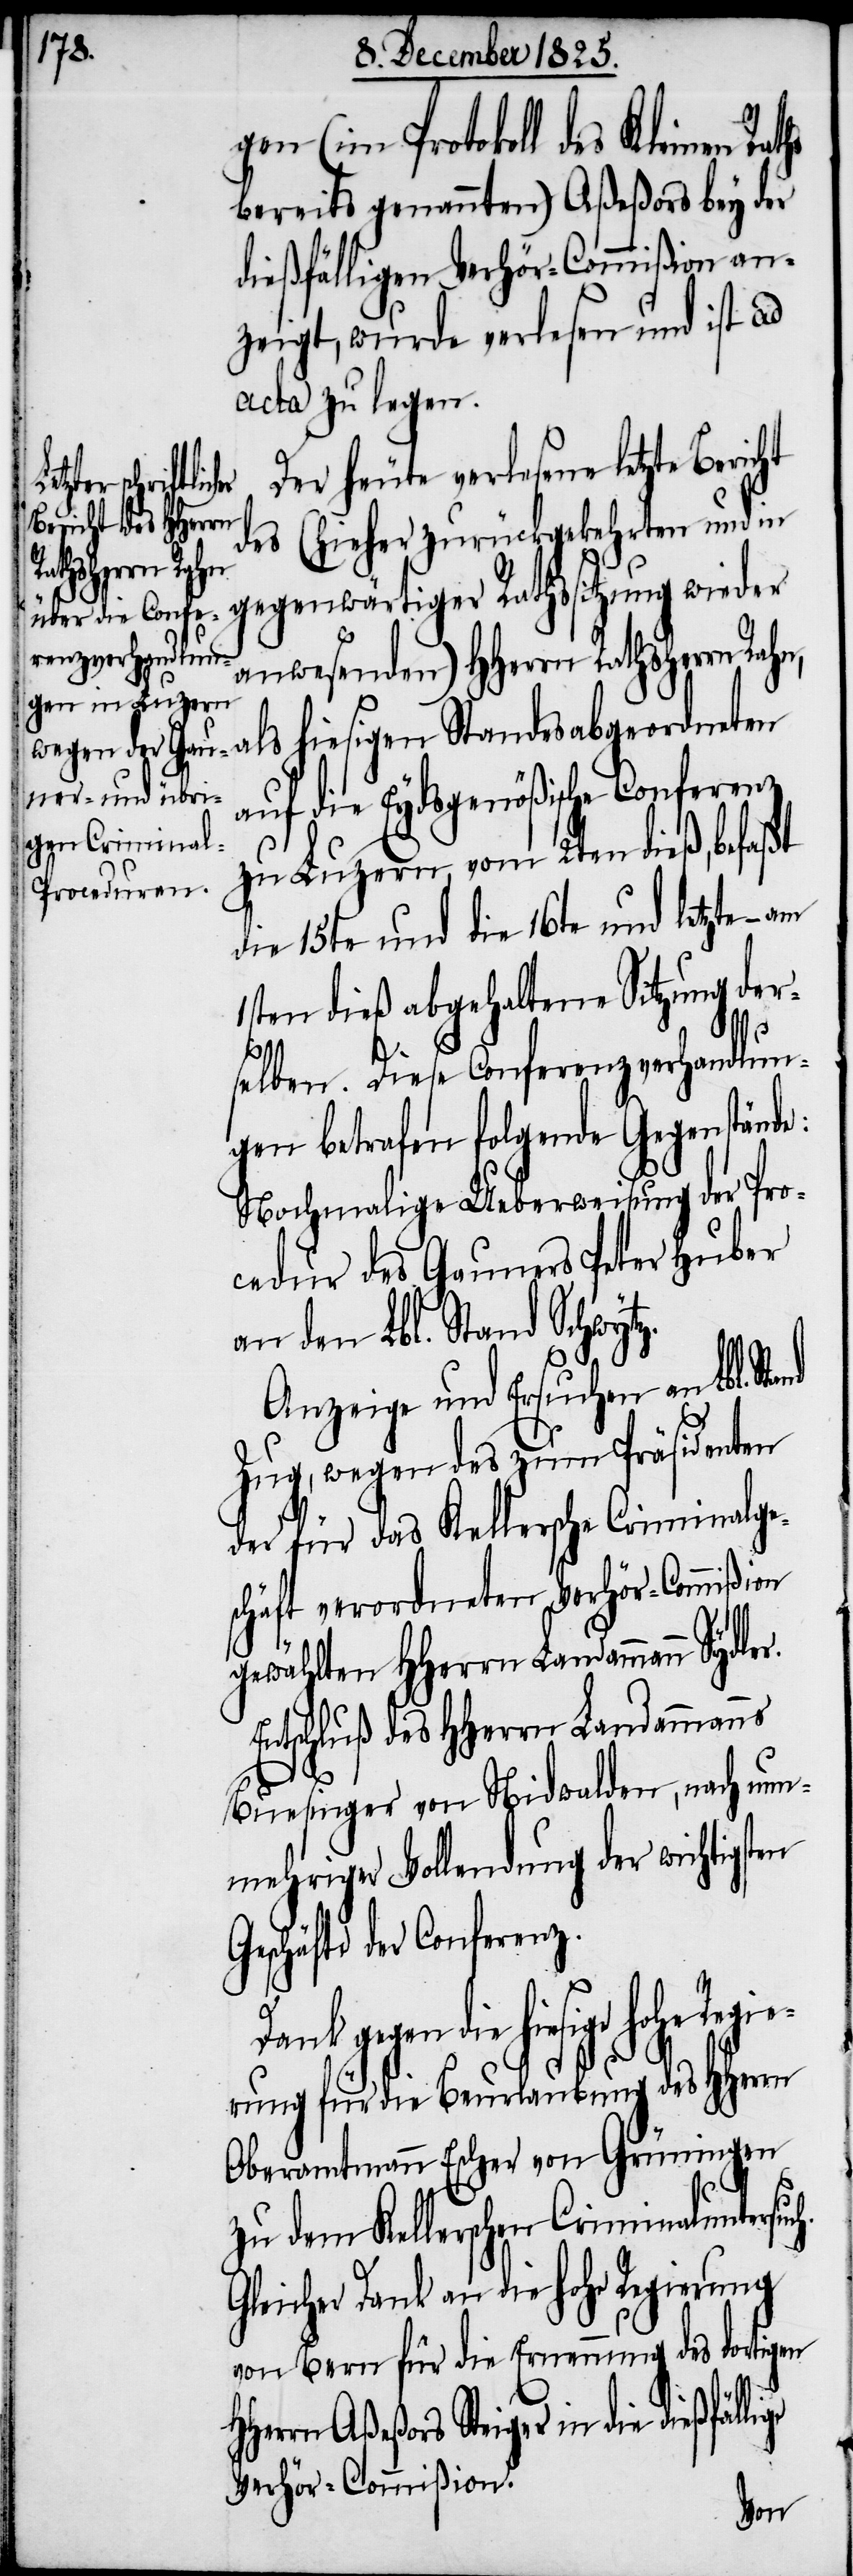
gen (im Protokoll des Kleinen
bereits genannten) Aßeßors bey der
dießfälligen Verhör-Commißion an¬
zeigt, wurde verlesen und ist ad
acta zu legen.
Der heute verlesene letzte Bericht
hohe Regie¬
des (hieher zurückgekehrten und in
gegenwärtiger Rathssitzung wieder
anwesenden) HHerrn Rathsher¬
rn Rahn, als hiesigen Standesabgeordneten
auf die Eydsgenößische Conferenz
zu Luzern, vom 2ten dieß, befaßt
die 15te und die 16te und letzte –
1sten dieß abgehaltene Sitzung der¬
h.
selben. Diese Conferenzverhandlun¬
gen betrafen folgende Gegenstände:
Nochmalige Ueberweisung der Pro¬
cedur des Gauners Peter Huber
an den Lbl. Stand Schwytz.
Anzeige und Ersuchen an Lbl.
Zug, wegen des zum Präsidenten
der für das Kellersche Criminalge¬
schäft verordneten Verhör-Commißion
gewählten HHerrn Landammann Sydle¬
Entschluß des HHerrn Landammanns
Buesinger von Nidwalden, nach nun¬
mehriger Vollendung der wichtigsten
Geschäfte der Conferenz.
Dank gegen die hiesige
rung für die Beurlaubung des HHerrn
Oberamtmann Escher von Grüningen
zu dem Kellerschen Criminaluntersuc¬
Gleicher Dank an die hohe Regierung
von Bern für die Ernennung des dortigen
HHerrn Aßeßors Steiger in die dießfällige
Verhör-Commißion.